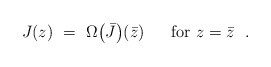
\begin{align*}J (z)\ =\ \Omega \bigl( \bar{J} \bigr) (\bar{z})\ \ \ \ \mbox{ for } z=\bar{z}\ \ .\end{align*}